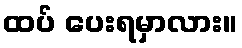
ထပ် ပေးရမှာလား။